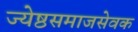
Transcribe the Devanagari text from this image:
ज्येष्ठसमाजसेवक